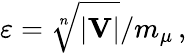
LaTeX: \varepsilon=\sqrt[n]{|\mathbf{V}|}/m_{\mu}\, ,